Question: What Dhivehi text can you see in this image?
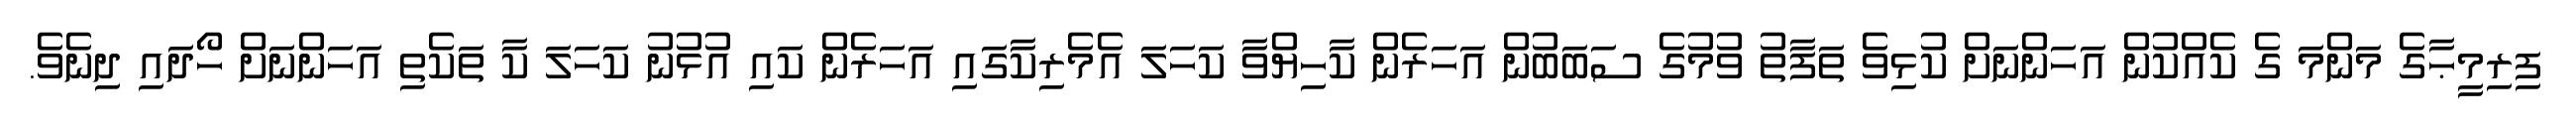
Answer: ފިރިމީޙާގެ މަންމަ ގެ ކެއްކުން އަހަންނަށް ކުޅިވެ ތަފާތު ވުމުގެ ސަބަބުން އަހަރެން ކާހިޔްވާ ކަހަލަ އެމެރިކާގައި އަހަރެން ކައި އުޅުނު ކަހަލަ ކާ ތަކެތި އަހަންނަށް ހޯދައި ދިނެވެ.